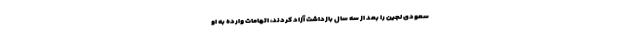
سعودی لجین را بعد از سه سال بازداشت آزاد کردند، اتهامات وارده به او